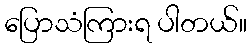
ပြောသံကြားရ ပါတယ်။